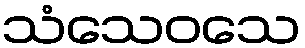
သံသေဝသေ